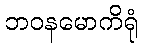
ဘဝနမောကိရုံ